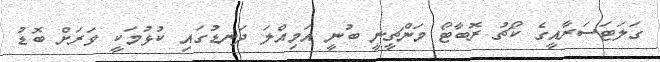
ގަލަޓަސަރާއީގެ ކޯޗު ރޮބާޓޯ މަންޗީނީ ބުނީ އަމިއްލަ ދަނޑުގައި ކުޅުމަކީ ވަރަށް ބޮޑު